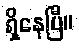
ရှိနေပြီ။